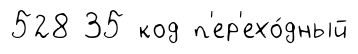
528 35 код п'ер'ехо́дный